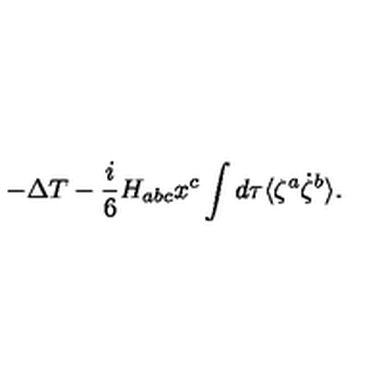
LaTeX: - \Delta T - \frac { i } { 6 } H _ { a b c } x ^ { c } \int d \tau \langle \zeta ^ { a } \dot { \zeta } ^ { b } \rangle .